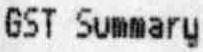
GST SUMMARY